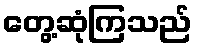
တွေ့ဆုံကြသည်